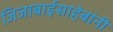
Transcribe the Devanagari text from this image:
जिजाबाईसाहेबांनी